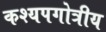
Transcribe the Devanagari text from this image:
कश्यपगोत्रीय